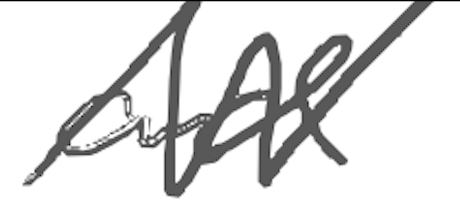
Text: and
Cross-out: zig-zag
Writing tool: digital_gray